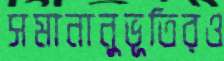
সমানানুভূতিরও